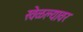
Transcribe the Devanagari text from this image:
खेळल्यावर